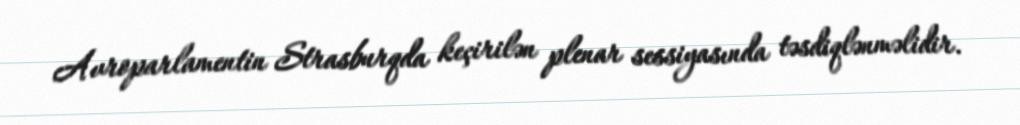
Avroparlamentin Strasburqda keçirilən plenar sessiyasında təsdiqlənməlidir.